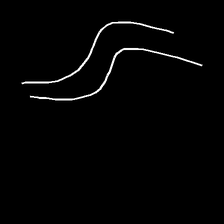
Glyph: float